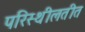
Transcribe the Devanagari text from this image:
परिस्थीलतीत